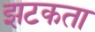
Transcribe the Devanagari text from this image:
झटकता